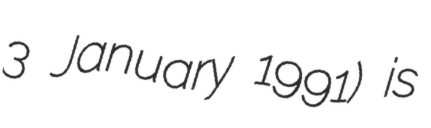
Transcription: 3 January 1991) is